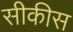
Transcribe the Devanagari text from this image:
सीकीस